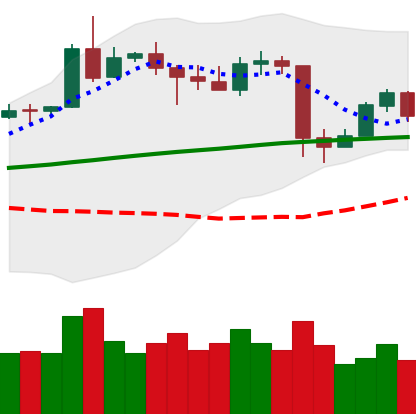
Ticker: ETH-USD
Chart end date: 2020-05-15
Forward return: 7.399%
Label: up_7plus